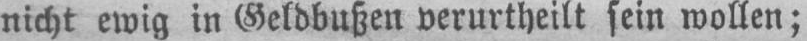
nicht ewig in Geldbußen verurtheilt sein wollen;